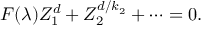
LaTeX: F ( \lambda ) Z _ { 1 } ^ { d } + Z _ { 2 } ^ { d / { k _ { 2 } } } + \cdots = 0 .